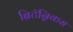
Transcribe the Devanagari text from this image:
ब्रिटॅन्निकस